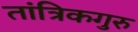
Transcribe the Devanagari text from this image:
तांत्रिकगुरु